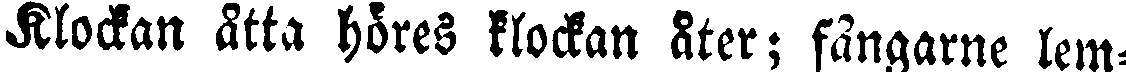
Klockan åtta höres klockan åter; fångarne lem-